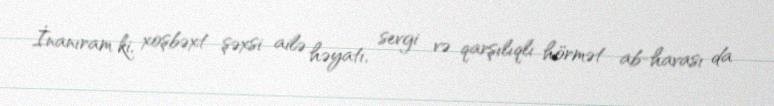
İnanıram ki, xoşbəxt şəxsi ailə həyatı, sevgi və qarşılıqlı hörmət ab-havası da